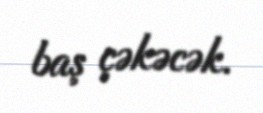
baş çəkəcək.